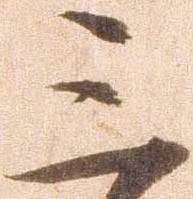
三